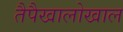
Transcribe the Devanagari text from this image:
तैपैखालोखाल